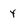
Character: y